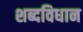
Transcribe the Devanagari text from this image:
शब्दविधान